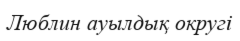
Люблин ауылдық округі